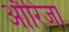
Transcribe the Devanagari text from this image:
औरिजा